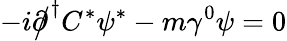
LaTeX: -i{\partial\! \! \! {\big/}}^{\dagger}C^{*}\psi^{*}-m\gamma^{0}\psi=0